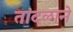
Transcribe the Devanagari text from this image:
तांदळाने